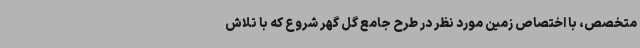
متخصص، با اختصاص زمین مورد نظر در طرح جامع گل گهر شروع که با تلاش